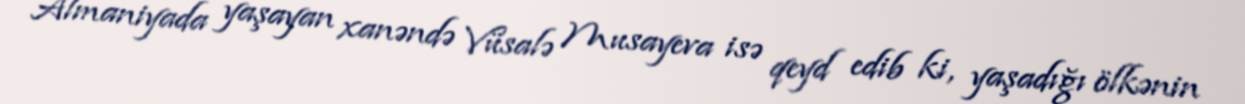
Almaniyada yaşayan xanəndə Vüsalə Musayeva isə qeyd edib ki, yaşadığı ölkənin